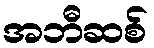
အဘီဆစ်